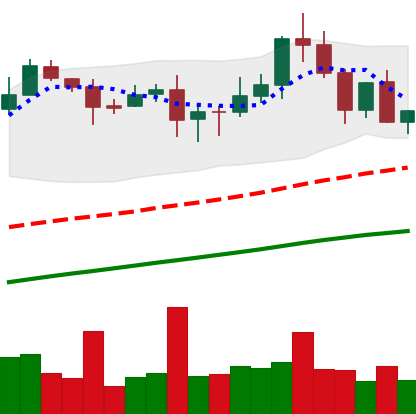
Ticker: XLM-USD
Chart end date: 2020-08-22
Forward return: -8.34%
Label: down_7plus